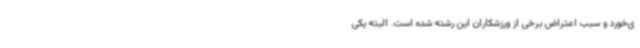
ی‌خورد و سبب اعتراض برخی از ورزشکاران این رشته شده است. البته یکی